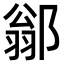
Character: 𨜺